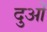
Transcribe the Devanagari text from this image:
दुओं